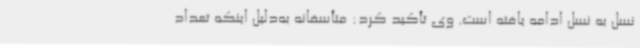
نسل به نسل ادامه یافته است. وی تأکید کرد: متأسفانه به‌دلیل اینکه تعداد